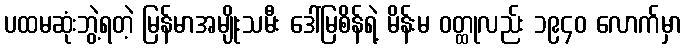
ပထမဆုံးဘွဲ့ရတဲ့ မြန်မာအမျိုးသမီး ဒေါ်မြစိန်ရဲ့ မိန်းမ ဝတ္ထုလည်း ၁၉၄၀ လောက်မှာ